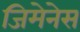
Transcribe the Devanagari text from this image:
जिमेनेस